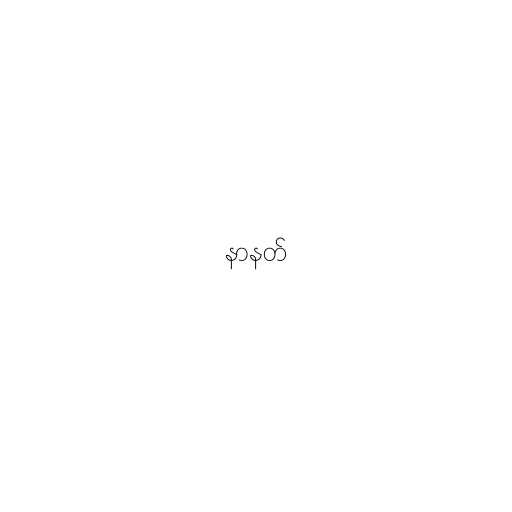
နာနတ်